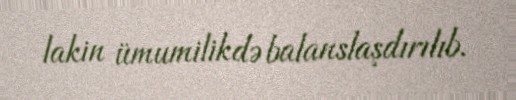
lakin ümumilikdə balanslaşdırılıb.